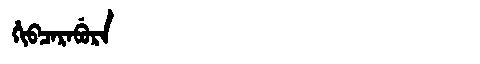
Manchu: ᡥᡳᠪᠴᠠᡵᠠᠪᡠᡵᠠ
Romanization: HIBCARABURA